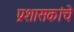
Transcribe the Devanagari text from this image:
प्रशासकांचे